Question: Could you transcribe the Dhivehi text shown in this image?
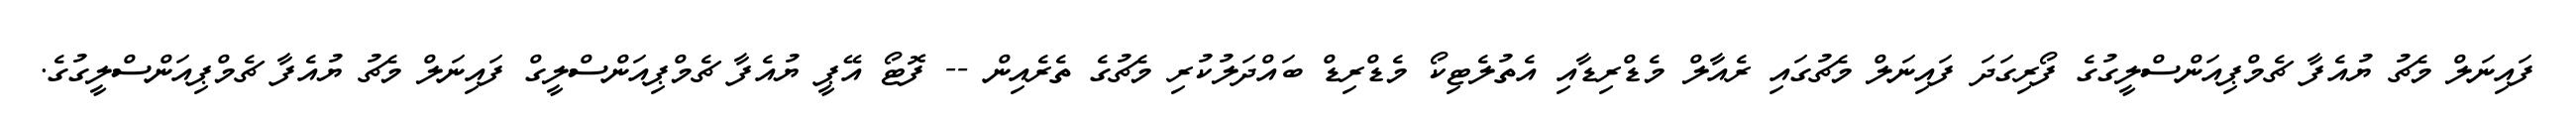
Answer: ފައިނަލް މެޗު ޔުއެފާ ޗެމްޕިއަންސްލީގުގެ ފޯރިގަދަ ފައިނަލް މެޗުގައި ރެއާލް މެޑްރިޑާއި އެތުލެޓިކޯ މެޑްރިޑް ބައްދަލުކުރި މެޗުގެ ތެރެއިން -- ފޮޓޯ އޭޕީ ޔުއެފާ ޗެމްޕިއަންސްލީގް ފައިނަލް މެޗު ޔުއެފާ ޗެމްޕިއަންސްލީގުގެ.